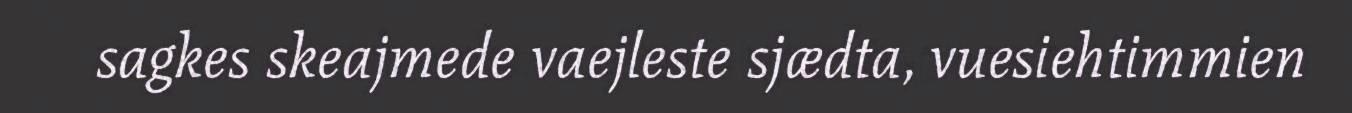
sagkes skeajmede vaejleste sjædta, vuesiehtimmien